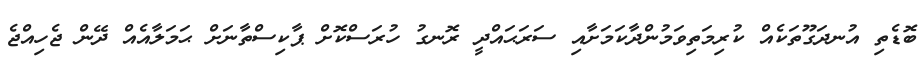
ބޮޑެތި އުނދަގޫތަކެއް ކުރިމަތިވަމުންދާކަމަށާއި ސަރަޙައްދީ ރޮނގު ހުރަސްކޮށް ޕާކިސްތާނަށް ޙަމަލާއެއް ދޭން ޖެހިއްޖެ